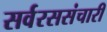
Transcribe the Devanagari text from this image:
सर्वरससंचारी